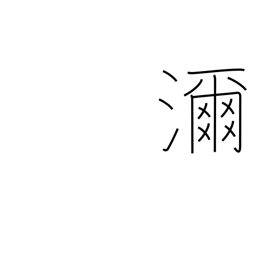
Meaning: much